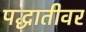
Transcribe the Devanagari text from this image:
पद्धातीवर